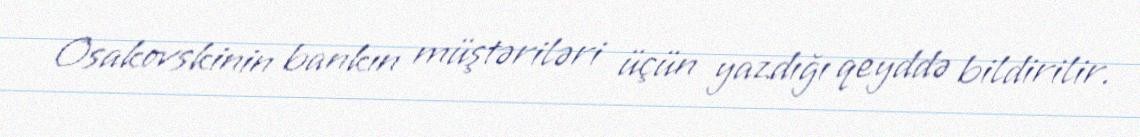
Osakovskinin bankın müştəriləri üçün yazdığı qeyddə bildirilir.